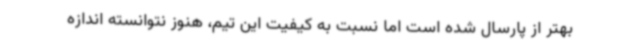
بهتر از پارسال شده است اما نسبت به کیفیت این تیم، هنوز نتوانسته اندازه